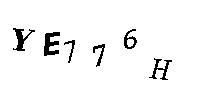
YE776H